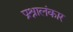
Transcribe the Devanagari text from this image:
प्रश्नालंकार